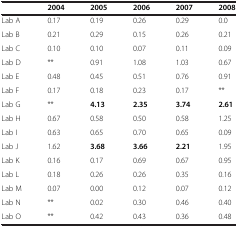
|  | 2004 | 2005 | 2006 | 2007 | 2008 |
 | --- | --- | --- | --- | --- | --- |
 | Lab A | 0.17 | 0.19 | 0.26 | 0.29 | 0.0 |
 | Lab B | 0.21 | 0.29 | 0.15 | 0.26 | 0.21 |
 | Lab C | 0.10 | 0.10 | 0.07 | 0.11 | 0.09 |
 | Lab D | ** | 0.91 | 1.08 | 1.03 | 0.67 |
 | Lab E | 0.48 | 0.45 | 0.51 | 0.76 | 0.91 |
 | Lab F | 0.17 | 0.18 | 0.23 | 0.17 | ** |
 | Lab G | ** | 4.13 | 2.35 | 3.74 | 2.61 |
 | Lab H | 0.67 | 0.58 | 0.50 | 0.58 | 1.25 |
 | Lab I | 0.63 | 0.65 | 0.70 | 0.65 | 0.09 |
 | Lab J | 1.62 | 3.68 | 3.66 | 2.21 | 1.95 |
 | Lab K | 0.16 | 0.17 | 0.69 | 0.67 | 0.95 |
 | Lab L | 0.18 | 0.26 | 0.26 | 0.35 | 0.16 |
 | Lab M | 0.07 | 0.00 | 0.12 | 0.07 | 0.12 |
 | Lab N | ** | 0.02 | 0.30 | 0.46 | 0.40 |
 | Lab O | ** | 0.42 | 0.43 | 0.36 | 0.48 |